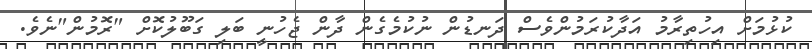
ކުޅުމަށް އިހުތިރާމު އަދާކުރަމުންވެސް ދަނޑުން ނުކުމެގެން ދާން ޖެހުނީ ބަލި ގަބޫލުކޮށް "ރޮމުން"ނެވެ.